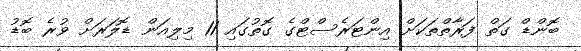
ބޮންޑް ގަތް ފަރާތްތަކަށް އިންޓަރެސްޓްގެ ގޮތުގައި 11 މިލިއަން ޑޮލަރަށް ވުރެ ބޮޑު